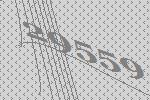
29559